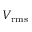
V _ { \mathrm { r m s } }